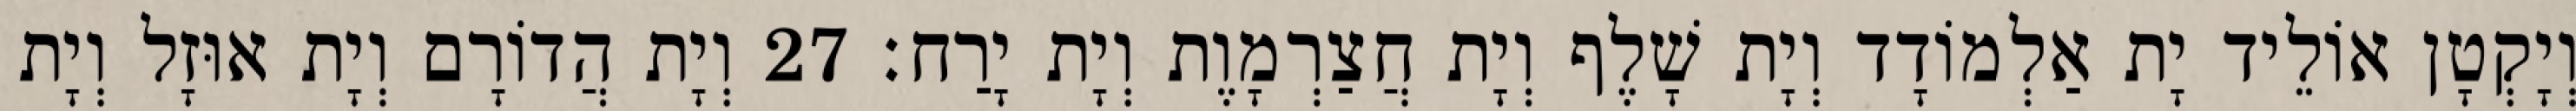
וְיָקְטָן אוֹלֵיד יָת אַלְמוֹדָד וְיָת שָׁלֶף וְיָת חֲצַרְמָוֶת וְיָת יָרַח׃ 27 וְיָת הֲדוֹרָם וְיָת אוּזָל וְיָת